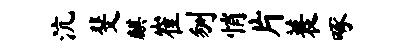
沆斐麒崔刎悄片蓑啄